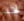
احب